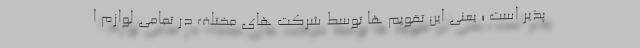
پذیر است ؛ یعنی این تقویم ها توسط شرکت های مختلف در تمامی لوازم ا